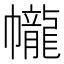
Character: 𱜼